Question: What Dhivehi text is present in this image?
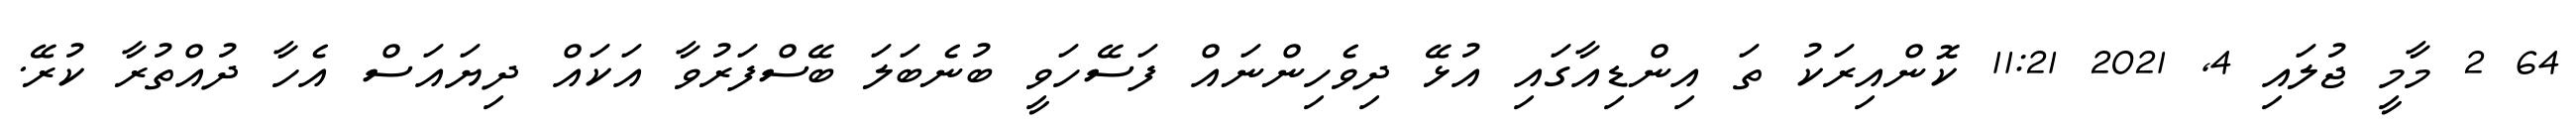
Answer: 64 2 މާމީ ޖުލައި 4, 2021 11:21 ކޮންއިރަކު ތަ އިންޑިއާގައި އުޅޭ ދިވެހިންނައް ފަސޭހަވީ ބުނެބަލަ ބޭސްފަރުވާ އަކައް ދިޔައަސް އެހާ ދުއްތުރާ ކުރޭ.